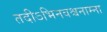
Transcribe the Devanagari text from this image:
तदीऽभिनवश्चनाम्ना